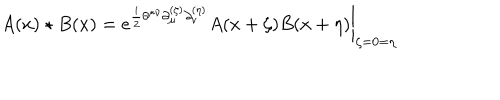
LaTeX: A ( x ) \star B ( x ) = \left. e ^ { \frac { i } { 2 } \theta ^ { \mu \nu } \partial _ { \mu } ^ { ( \zeta ) } \partial _ { \nu } ^ { ( \eta ) } } A ( x + \zeta ) B ( x + \eta ) \right| _ { \zeta = 0 = \eta }